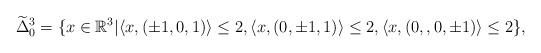
LaTeX: \begin{align*} \widetilde{\Delta}^3_0 =\{x\in\mathbb{R}^3|&\langle x,(\pm1,0,1)\rangle\leq2,\langle x,(0,\pm1,1)\rangle\leq2,\langle x,(0,,0,\pm1)\rangle\leq2 \},\end{align*}